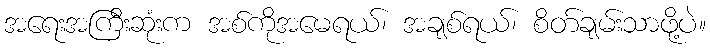
အရေးအကြီးဆုံးက အစ်ကိုအမေရယ်၊ အချစ်ရယ်၊ စိတ်ချမ်းသာဖို့ပဲ။